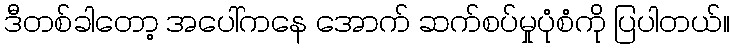
ဒီတစ်ခါတော့ အပေါ်ကနေ အောက် ဆက်စပ်မှုပုံစံကို ပြပါတယ်။